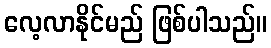
လေ့လာနိုင်မည် ဖြစ်ပါသည်။